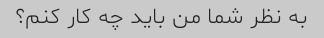
به نظر شما من باید چه کار کنم؟